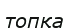
топқа